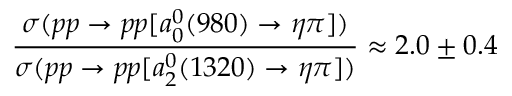
\frac { \sigma ( p p \rightarrow p p [ a _ { 0 } ^ { 0 } ( 9 8 0 ) \rightarrow \eta \pi ] ) } { \sigma ( p p \rightarrow p p [ a _ { 2 } ^ { 0 } ( 1 3 2 0 ) \rightarrow \eta \pi ] ) } \approx 2 . 0 \pm 0 . 4